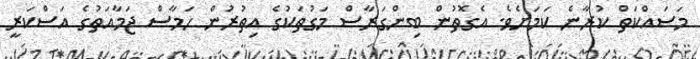
މަސައްކަތް ކުރާނެ ކަމަށެވެ. އެގޮތުން ބިންގަރާސް މަގުތަކުގެ އިތުރުން ހަމާސް ޖަމާއަތުގެ އަސްކަރީ